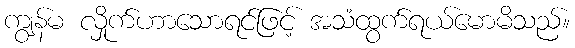
ကျွန်မ လှိုက်ဟာသောရင်ဖြင့် အသံထွက်ရယ်မောမိသည်။